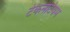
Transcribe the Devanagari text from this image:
टेकनेटियम